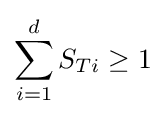
\sum _{i=1}^{d}S_{Ti}\geq 1